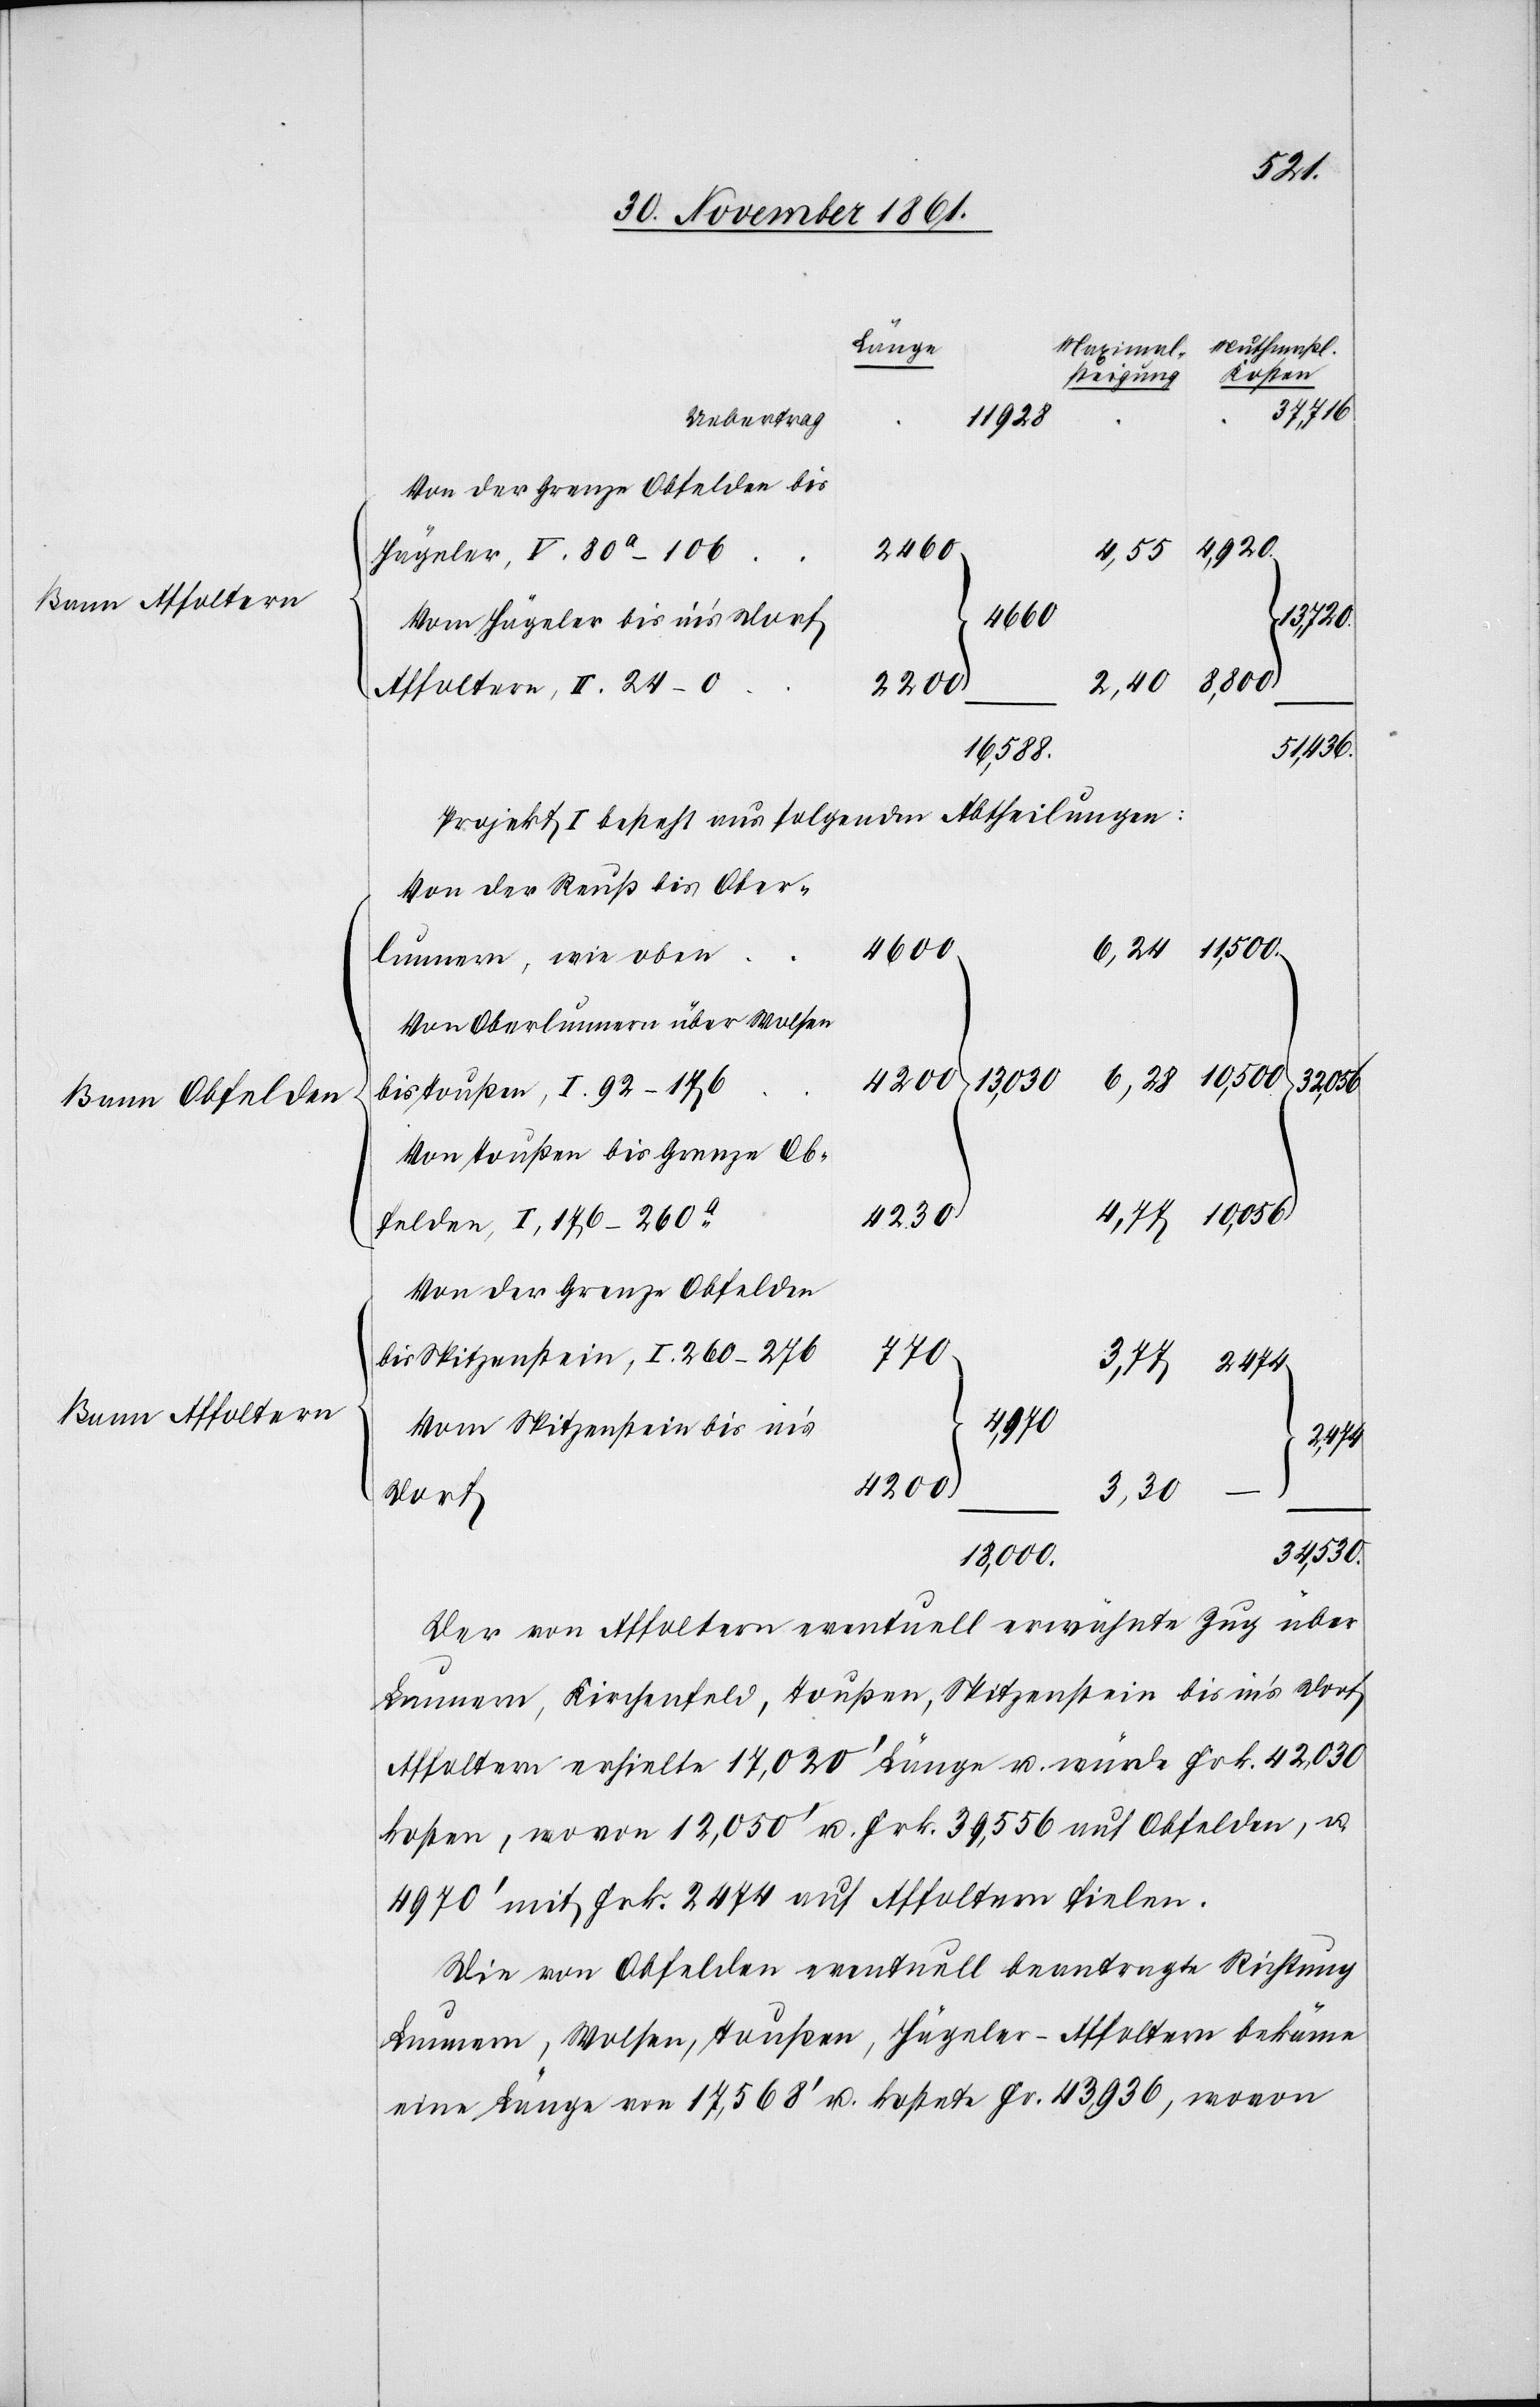
Bann Obfelden
Bann Affoltern

37,716
Uebertrag
11 928
Von der Grenze Obfelden bis
4,920
2460
4,55
Hägeler, V. 80a–106
4600
6,28
Von Hägeler bis in’s Dorf
8,800
2,40
Affoltern, II. 24–0.
2200
10,056
Projekt I besteht aus folgenden Abtheilungen:
Von der Reuß bis Ober¬
lunnern, wie oben
Von Oberlunnern über Wolsen
bis Toußen, I 92–176
Von Toußen bis Grenze Ob¬
4230
felden, I, 176–260a
Von der Grenze Obfelden
bis Spitzenstein, I, 260–276
770
Vom Spitzenstein bis in’s
2,474
4200
3,30
34,530.
18,000.
Der von Affoltern eventuell erwähnte Zug über
Lunnern, Kirchenfeld, Toußen, Spitzenstein bis in’s Dorf
Affoltern erhielte 17,020’ Länge u. würde Frk. 42,030
kosten, wovon 12,050’ u. Frk. 39,556 auf Obfelden, u.
4970’ mit Frk. 2474 auf Affoltern fielen.
Die von Obfelden eventuell beantragte Richtung
Lunnern, Wolsen, Toußen, Hägeler-Affoltern bekäme
eine Länge von 17,568’ u. kostete Fr. 43,936, wovon